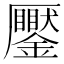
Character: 𠫎